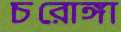
চরোঙ্গা